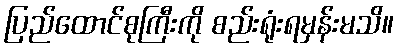
ပြည်ထောင်စုကြီးကို စည်းရုံးရမှန်းမသိ။